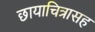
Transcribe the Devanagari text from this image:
छायाचित्रासह